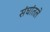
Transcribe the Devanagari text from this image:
संघांतले